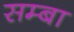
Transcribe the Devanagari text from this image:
सम्बा